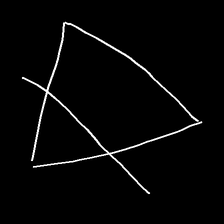
Glyph: empower